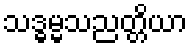
သဒ္ဓမ္မသညတ္တိယာ